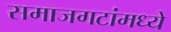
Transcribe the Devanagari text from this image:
समाजगटांमध्ये